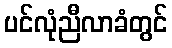
ပင်လုံညီလာခံတွင်